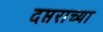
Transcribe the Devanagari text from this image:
दप्तराच्या